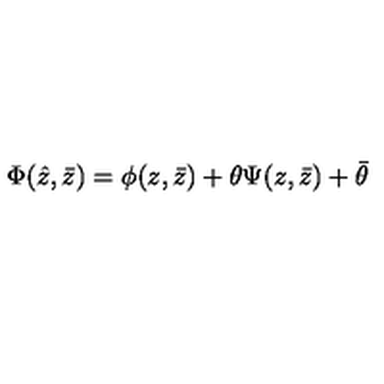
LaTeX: \Phi ( \hat { z } , \bar { z } ) = \phi ( z , \bar { z } ) + \theta \Psi ( z , \bar { z } ) + \bar { \theta }